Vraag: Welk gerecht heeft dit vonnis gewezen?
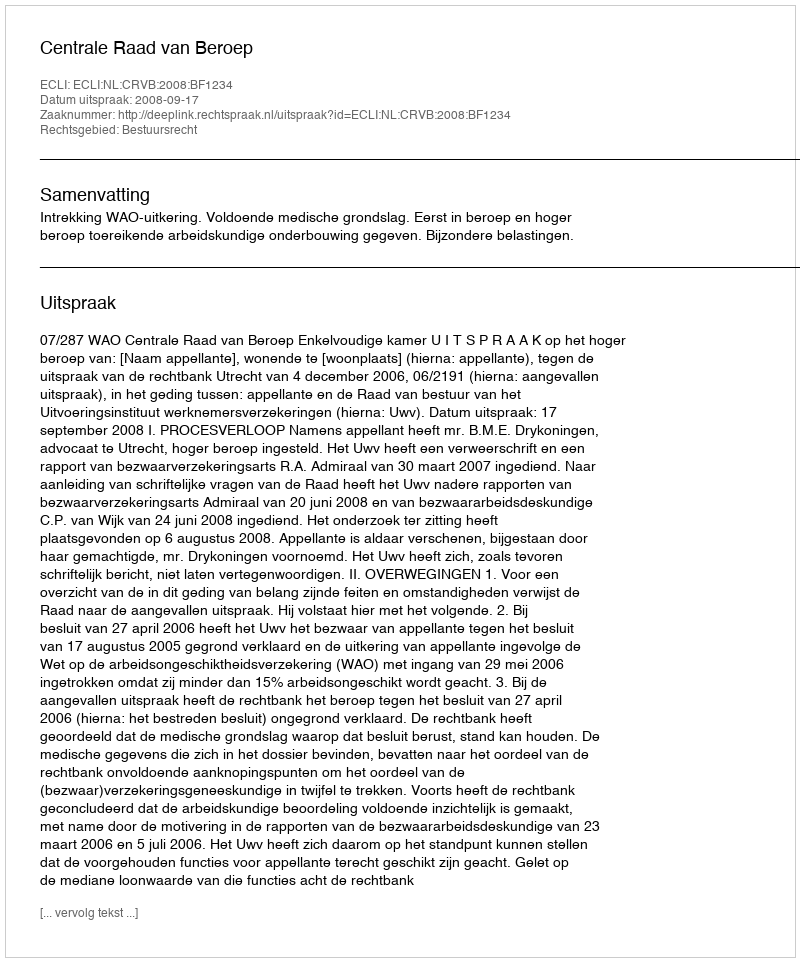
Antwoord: Centrale Raad van Beroep